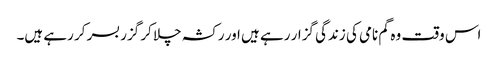
اس وقت وہ گم نامی کی زندگی گزار رہے ہیں اور رکشہ چلا کر گزر بسر کر رہے ہیں۔